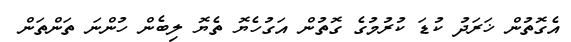
އެގޮތުން ޚަރަދު ކުޑަ ކުރުމުގެ ގޮތުން އަގުހެޔޮ ތެޔޮ ލިބެން ހުންނަ ތަންތަން